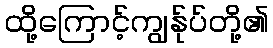
ထို့ကြောင့်ကျွန်ုပ်တို့၏